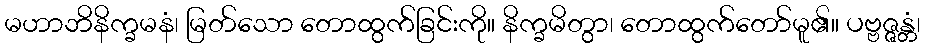
မဟာဘိနိက္ခမနံ၊ မြတ်သော တောထွက်ခြင်းကို။ နိက္ခမိတွာ၊ တောထွက်တော်မူ၏။ ပဗ္ဗဇ္ဇန္တံ၊